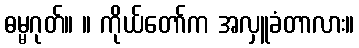
ဓမ္မဂုတ်။ ။ ကိုယ်တော်က အလှူခံတာလား။